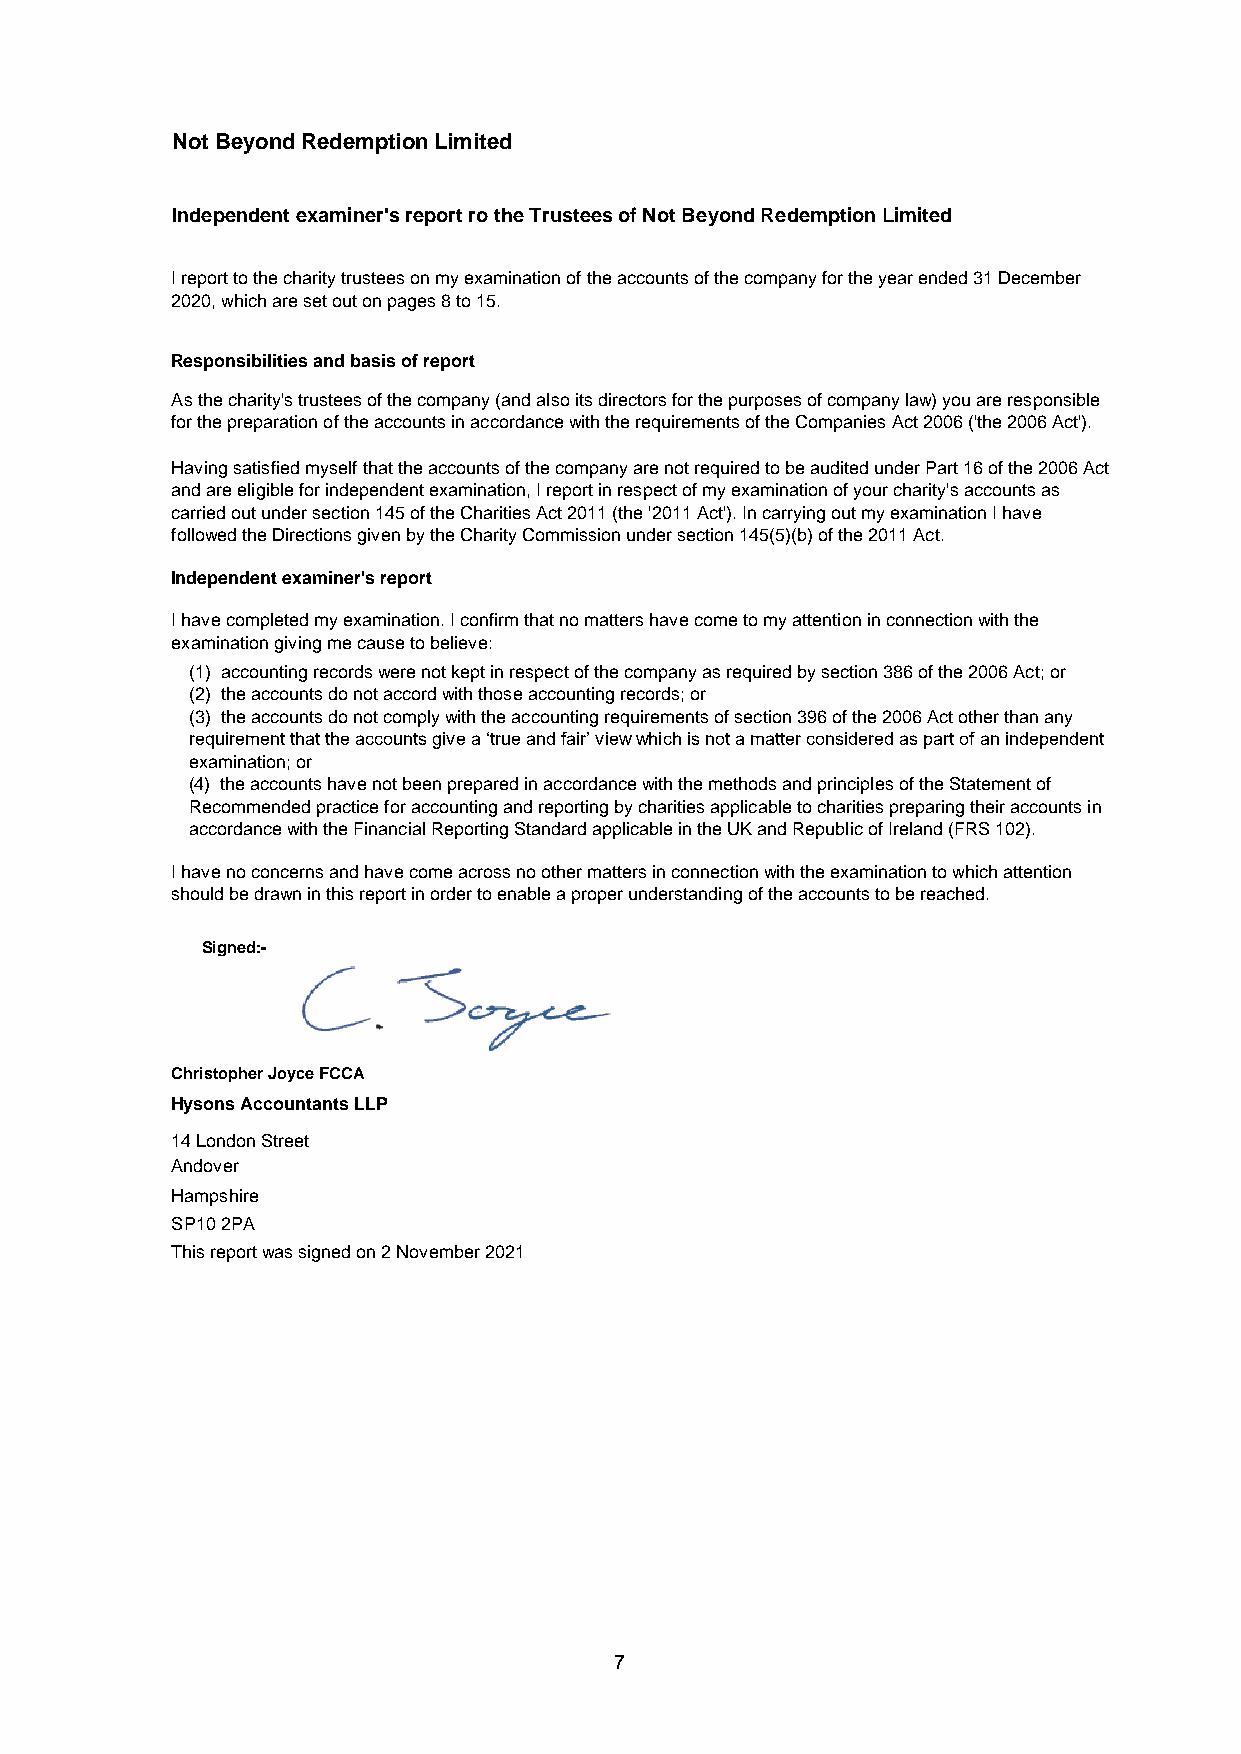
Not Beyond Redemption Limited
 Independent examiner's report ro the Trustees of Not Beyond Redemption Limited
 I report to the charity trustees on my examination of the accounts of the company for the year ended 31 December
 2020, which are set out on pages 8 to 15.
 Responsibilities and basis of report
 As the charity's trustees of the company (and also its directors for the purposes of company law) you are responsible
 for the preparation of the accounts in accordance with the requirements of the Companies Act 2006 ('the 2006 Act').
 Having satisfied myself that the accounts of the company are not required to be audited under Part 16 of the 2006 Act
 and are eligible for independent examination, I report in respect of my examination of your charity's accounts as
 carried out under section 145 of the Charities Act 2011 (the '2011 Act'). In carrying out my examination I have
 followed the Directions given by the Charity Commission under section 145(5)(b) of the 2011 Act.
 Independent examiner's report
 I have completed my examination. I confirm that no matters have come to my attention in connection with the
 examination giving me cause to believe:
 (1) accounting records were not kept in respect of the company as required by section 386 of the 2006 Act; or
 (2) the accounts do not accord with those accounting records; or
 (3) the accounts do not comply with the accounting requirements of section 396 of the 2006 Act other than any
 requirement that the accounts give a ‘true and fair’ view which is not a matter considered as part of an independent
 examination; or
 (4) the accounts have not been prepared in accordance with the methods and principles of the Statement of
 Recommended practice for accounting and reporting by charities applicable to charities preparing their accounts in
 accordance with the Financial Reporting Standard applicable in the UK and Republic of Ireland (FRS 102).
 I have no concerns and have come across no other matters in connection with the examination to which attention
 should be drawn in this report in order to enable a proper understanding of the accounts to be reached.
 Signed:-
 Christopher Joyce FCCA
 Hysons Accountants LLP
 14 London Street
 Andover
 Hampshire
 SP10 2PA
 This report was signed on 2 November 2021
 7